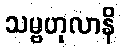
သမ္ဗဟုလာနိ